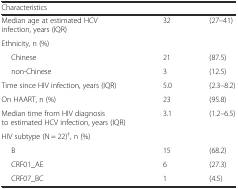
<table><thead><tr><td><b>Characteristics</b></td><td></td><td></td></tr></thead><tbody><tr><td>Median age at estimated HCV infection, years (IQR)</td><td>32</td><td>(27–41)</td></tr><tr><td>Ethnicity, n (%)</td><td></td><td></td></tr><tr><td>Chinese</td><td>21</td><td>(87.5)</td></tr><tr><td>non-Chinese</td><td>3</td><td>(12.5)</td></tr><tr><td>Time since HIV infection, years (IQR)</td><td>5.0</td><td>(2.3–8.2)</td></tr><tr><td>On HAART, n (%)</td><td>23</td><td>(95.8)</td></tr><tr><td>Median time from HIV diagnosis to estimated HCV infection, years (IQR)</td><td>3.1</td><td>(1.2–6.5)</td></tr><tr><td>HIV subtype (N = 22)<sup>†</sup>, n (%)</td><td></td><td></td></tr><tr><td>B</td><td>15</td><td>(68.2)</td></tr><tr><td>CRF01_AE</td><td>6</td><td>(27.3)</td></tr><tr><td>CRF07_BC</td><td>1</td><td>(4.5)</td></tr></tbody></table>